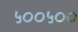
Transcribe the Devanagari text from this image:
५००५००